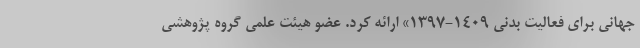
جهانی برای فعالیت بدنی 1409-1397» ارائه کرد. عضو هیئت علمی گروه پژوهشی